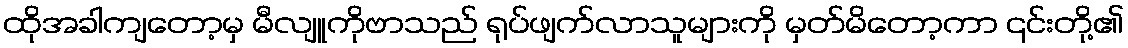
ထိုအခါကျတော့မှ မီလျူကိုဗာသည် ရုပ်ဖျက်လာသူများကို မှတ်မိတော့ကာ ၎င်းတို့၏